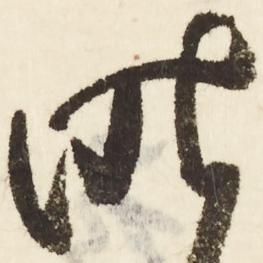
昨